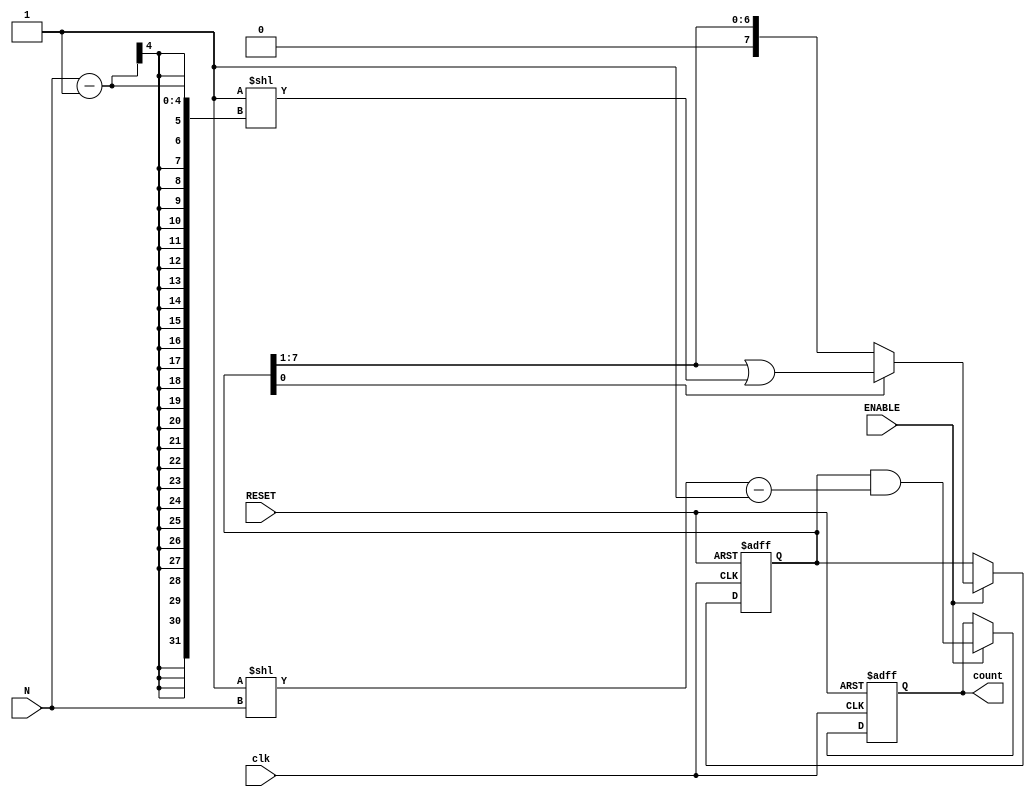
module variable_length_ring_counter #(
    parameter MAX_LENGTH = 8  // Maximum number of flip-flops for the counter
)(
    input wire clk,            // Clock signal
    input wire RESET,          // Asynchronous reset signal
    input wire ENABLE,         // Control signal to start/stop counting
    input wire [3:0] N,        // Variable length of the counter (1 to MAX_LENGTH)
    output reg [MAX_LENGTH-1:0] count // Output state of the counter
);

    // Internal variable to keep track of the actual length
    reg [MAX_LENGTH-1:0] state;

    always @(posedge clk or posedge RESET) begin
        if (RESET) begin
            // Initialize the counter on reset
            state <= 1;  // Set the first flip-flop to 1
            count <= 0;
        end else if (ENABLE) begin
            // Shift operation based on the current active length N
            if (state[0]) begin
                // If the first flip-flop is set, shift the 1
                state <= (state >> 1) | (1 << (N - 1));
            end else begin
                // Shift the 1 to the right
                state <= (state >> 1);
            end
            
            // Output the current state considering only the first N positions
            count <= state & ((1 << N) - 1);
        end
    end

endmodule